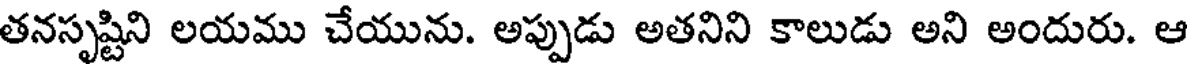
తనసృష్టిని లయము చేయును. అప్పుడు అతనిని కాలుడు అని అందురు. ఆ